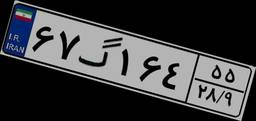
۸۱گ۹۹۹۴۰